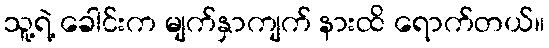
သူ့ရဲ့ ခေါင်းက မျက်နှာကျက် နားထိ ရောက်တယ်။